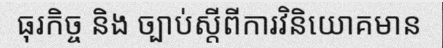
ធុរកិច្ច និង ច្បាប់ស្តីពីការវិនិយោគមាន